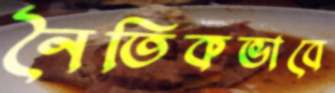
নৈতিকভাবে